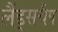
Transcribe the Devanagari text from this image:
लैंड्सचैप